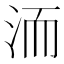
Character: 洏